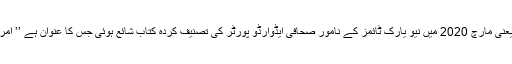
اسی سال یعنی مارچ 2020 میں نیو یارک ٹائمز کے نامور صحافی ایڈوارڈو پورٹر کی تصنیف کردہ کتاب شائع ہوئی جس کا عنوان ہے ’’ امریکی زہر۔